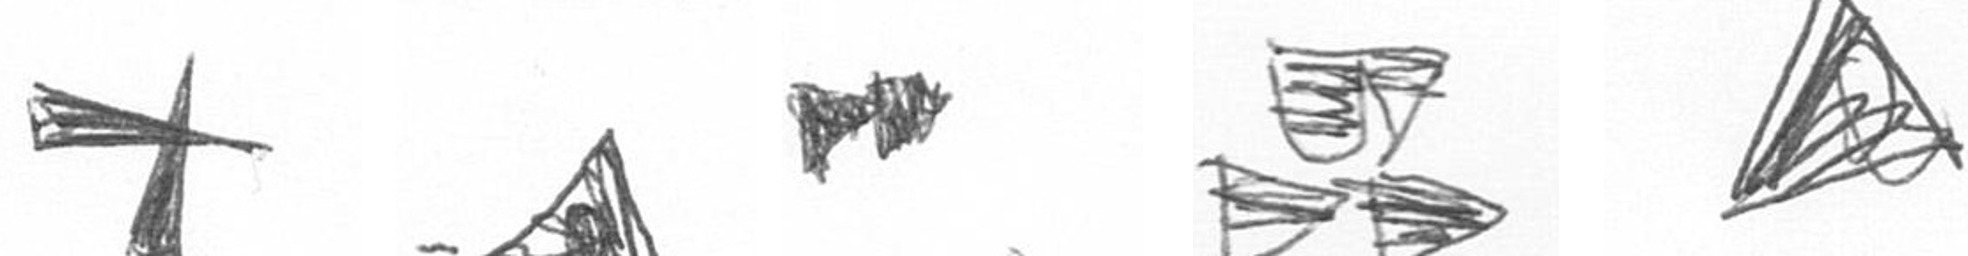
G O A B O